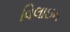
વિલાઇન